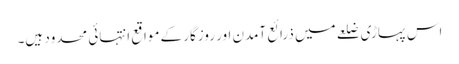
اس پہاڑی ضلعے میں ذرائع آمدن اور روزگار کے مواقع انتہائی محدود ہیں۔